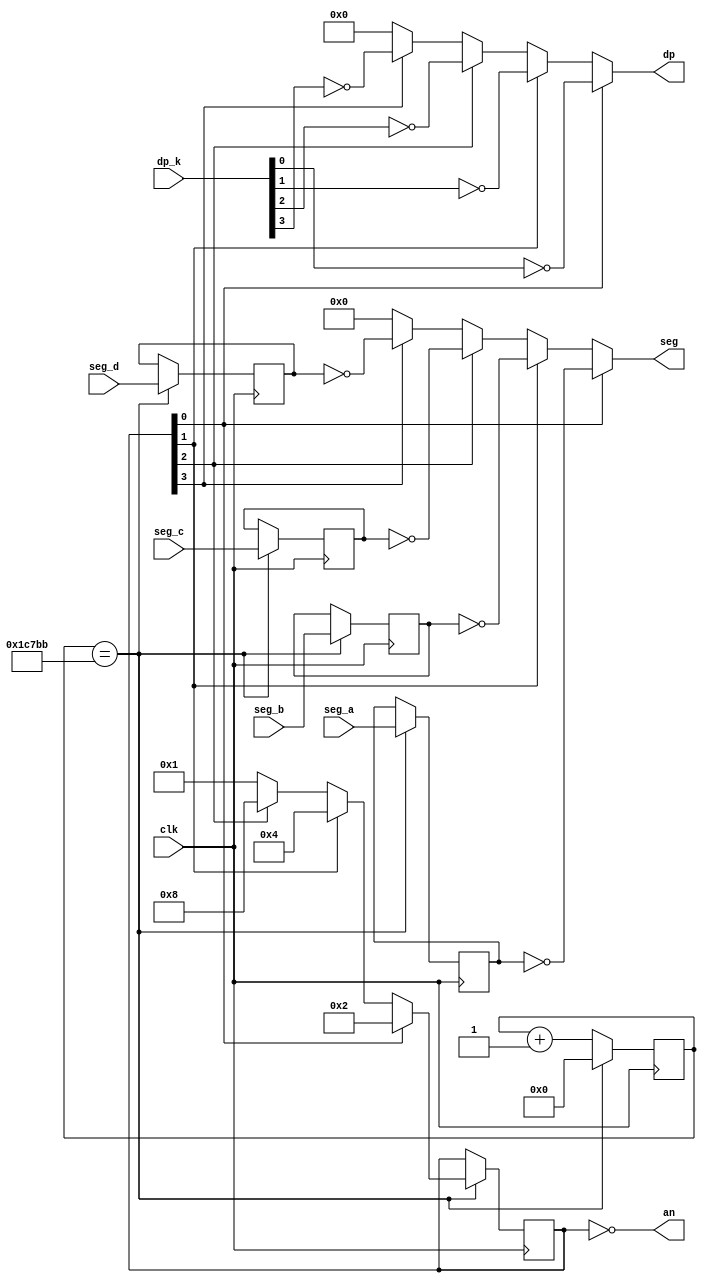

//50MHz/120Hz = 416667
//`define SEG_CLK_DIV 416
`define SEG_CLK_DIV 116667
//`define SEG_CLK_DIV 416667
//`define SEG_CLK_DIV 32'd41666700

module seg_mux(
    input  clk,
	input  [7:0] seg_a,
	input  [7:0] seg_b,
	input  [7:0] seg_c,
	input  [7:0] seg_d,

    input  [3:0] dp_k,


    output [3:0] dp,
	output [7:0] seg,

    output [3:0] an
);

    reg [31:0] clk_div;
    reg [3:0] anode;
	reg [7:0] seg_a_r;
	reg [7:0] seg_b_r;
	reg [7:0] seg_c_r;
	reg [7:0] seg_d_r;

    initial begin
        clk_div <= 0;
        anode   <= 0;
    end

    assign an  = ~anode;

    assign dp  = anode[0] ? ~dp_k[0] 
               : anode[1] ? ~dp_k[1]
               : anode[2] ? ~dp_k[2]
               : anode[3] ? ~dp_k[3]
               : 8'b0;

    assign seg = anode[0] ? ~seg_a_r
               : anode[1] ? ~seg_b_r
               : anode[2] ? ~seg_c_r
               : anode[3] ? ~seg_d_r
               : 8'b0;

    always @(posedge clk) begin
        if(clk_div == `SEG_CLK_DIV) begin
            clk_div <= 0;

            seg_a_r <= seg_a;
            seg_b_r <= seg_b;
            seg_c_r <= seg_c;
            seg_d_r <= seg_d;

            anode <= anode[0] ? 4'b0010 
                   : anode[1] ? 4'b0100
                   : anode[2] ? 4'b1000
                   : anode[3] ? 4'b0001
                   : 4'b0001;
        end else begin
            clk_div <= clk_div + 1;
        end
    end

endmodule